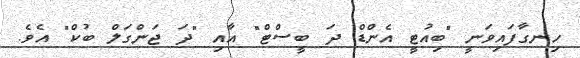
ހިނގާފައިވަނީ "ބިއުޓީ އެންޑް ދަ ބީސްޓް" އާއި "ދަ ޖަންގަލް ބުކް" އެވެ.